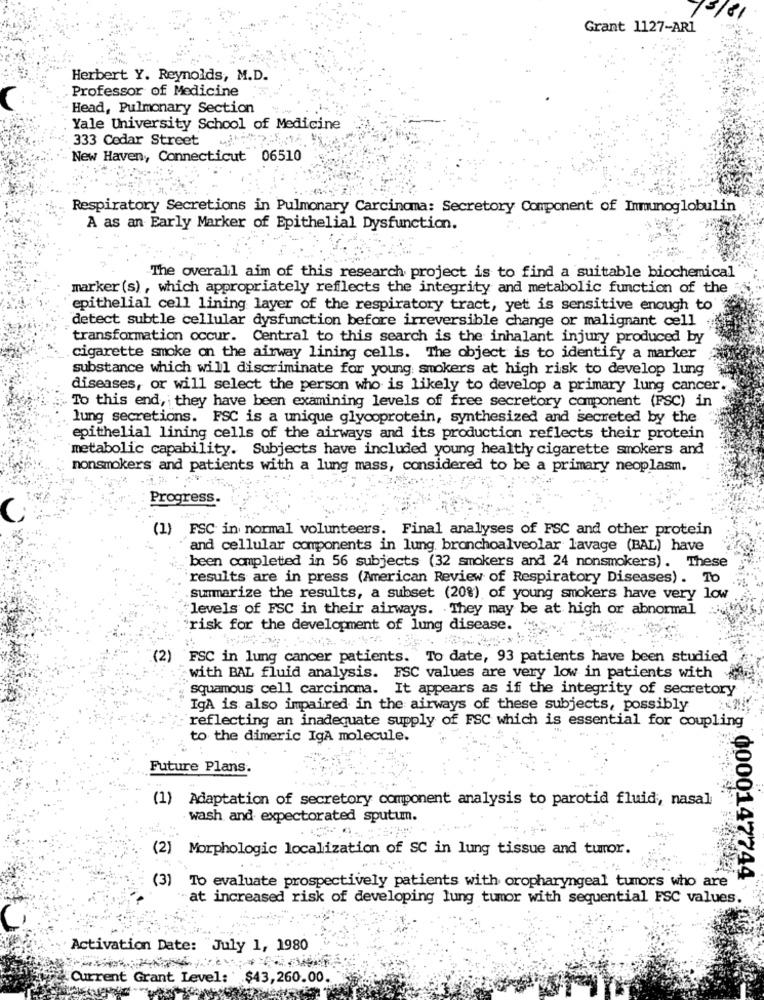
15/81
Grant 1127-AR1
Herbert Y. Reynolds, M.D.
Professor of Medicine
Head, Pulmonary Section
: Yale University School of Medicine
333 Cedar Street
New Haven, Connecticut 06510
Respiratory Secretions in Pulmonary Carcinoma: Secretory Component of Immunoglobulin
A as an Early Marker of Epithelial Dysfunction.
The overall aim of this research project is to find a suitable biochemical
marker (s) , which appropriately reflects the integrity and metabolic function of the
epithelial cell lining layer of the respiratory tract, yet is sensitive enough to
detect subtle cellular dysfunction before irreversible change or malignant cell
transformation occur. Central to this search is the inhalant injury produced by
cigarette smoke on the airway lining cells. The object is to identify a marker
substance which will discriminate for young smokers at high risk to develop lung
diseases, or will select the person who is likely to develop a primary lung cancer.
To this end, they have been examining levels of free secretory component (FSC) in
lung secretions. FSC is a unique glycoprotein, synthesized and secreted by the
epithelial lining cells of the airways and its production reflects their protein
metabolic capability. Subjects have included young healtly cigarette smokers and
nonsmokers and patients with a lung mass, considered to be a primary neoplasm.
Progress.
C
(1) FSC in normal volunteers. Final analyses of FSC and other protein
and cellular components in lung bronchoalveolar lavage (BAL) have
been completed in 56 subjects (32 smokers and 24 nonsmokers). These
results are in press (American Review of Respiratory Diseases) . To
summarize the results, a subset (20%) of young smokers have very low
levels of FSC in their airways. They may be at high or abnormal
risk for the development of lung disease.
(2)
FSC in lung cancer patients. To date, 93 patients have been studied
with BAL fluid analysis. FSC values are very low in patients with
squamous cell carcinoma. It appears as if the integrity of secretory
IgA is also impaired in the airways of these subjects, possibly
reflecting an inadequate supply of FSC which is essential for coupling
to the dimeric IgA molecule.
Future Plans.
(1) Adaptation of secretory component analysis to parotid fluid, nasal
wash and expectorated sputum.
(2) Morphologic localization of SC in lung tissue and turor.
(3)
To evaluate prospectively patients with oropharyngeal tumors who are
0000147744
at increased risk of developing lung tumor with sequential FSC values
Activation Date: "July 1, 1980
Current Grant Level: $43,260.00